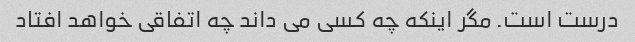
درست است. مگر اینکه چه کسی می داند چه اتفاقی خواهد افتاد